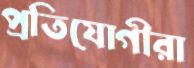
প্রতিযোগীরা